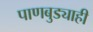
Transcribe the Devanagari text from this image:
पाणबुड्याही